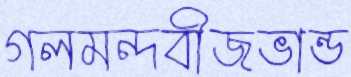
গলমন্দবীজভান্ড